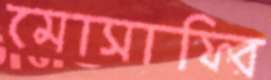
মোসাফির